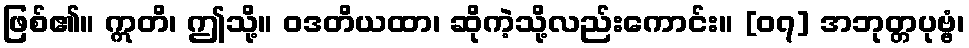
ဖြစ်၏။ ဣတိ၊ ဤသို့။ ဝဒတိယထာ၊ ဆိုကဲ့သို့လည်းကောင်း။ [၀၇] အဘုတ္တပုဗ္ဗံ၊